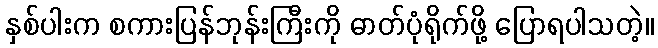
နှစ်ပါးက စကားပြန်ဘုန်းကြီးကို ဓာတ်ပုံရိုက်ဖို့ ပြောရပါသတဲ့။